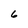
Character: 6